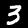
Digit: 3